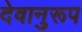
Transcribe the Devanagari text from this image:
देवानुरूप